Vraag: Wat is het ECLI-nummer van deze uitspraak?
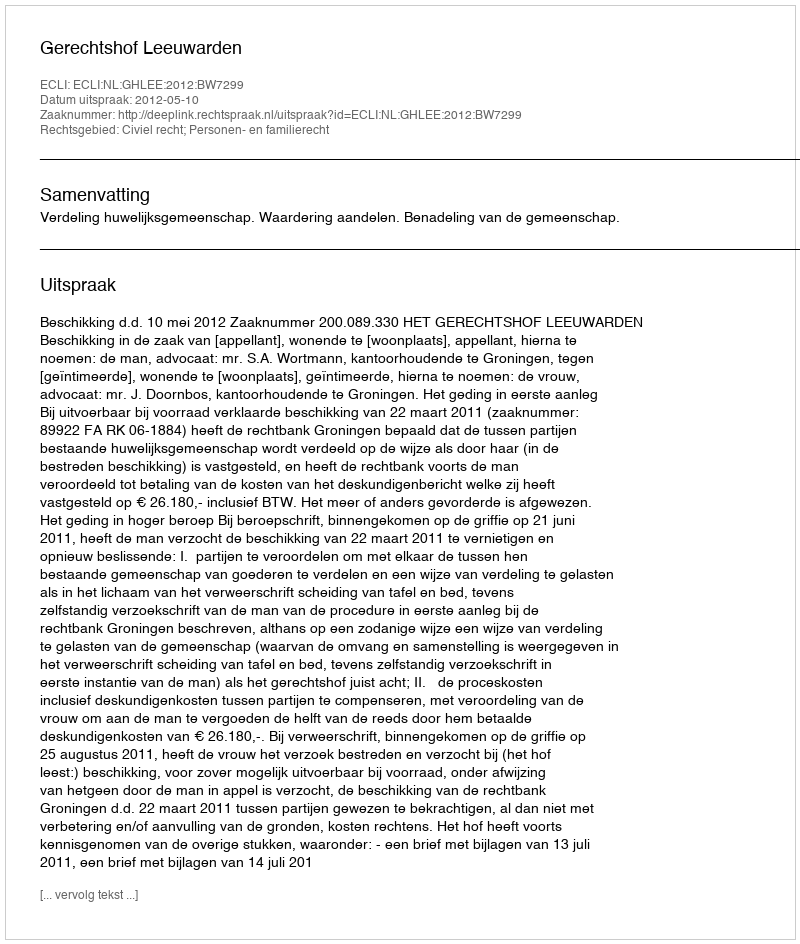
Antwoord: ECLI:NL:GHLEE:2012:BW7299